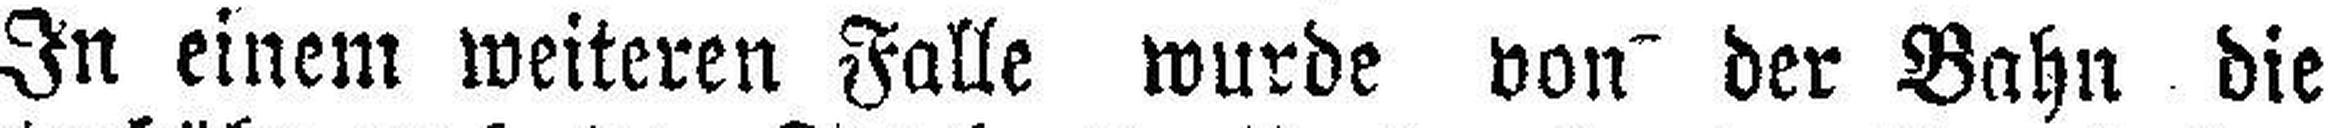
In einem weiteren Falle wurde von der Bahn die